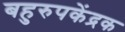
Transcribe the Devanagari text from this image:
बहुरुपकेंद्रक